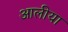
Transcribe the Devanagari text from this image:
आलीया